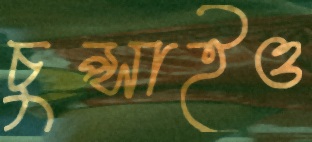
চুপ্‌সাইও